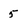
Character: 5